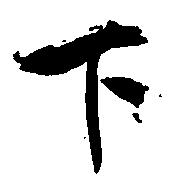
下